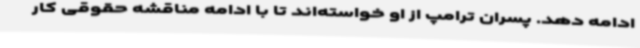
ادامه دهد. پسران ترامپ از او خواسته‌اند تا با ادامه مناقشه حقوقی کار